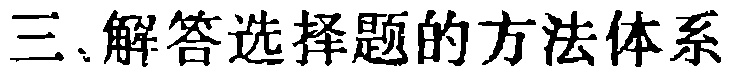
三、解答选择题的方法体系